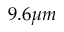
9 . 6 \mu m